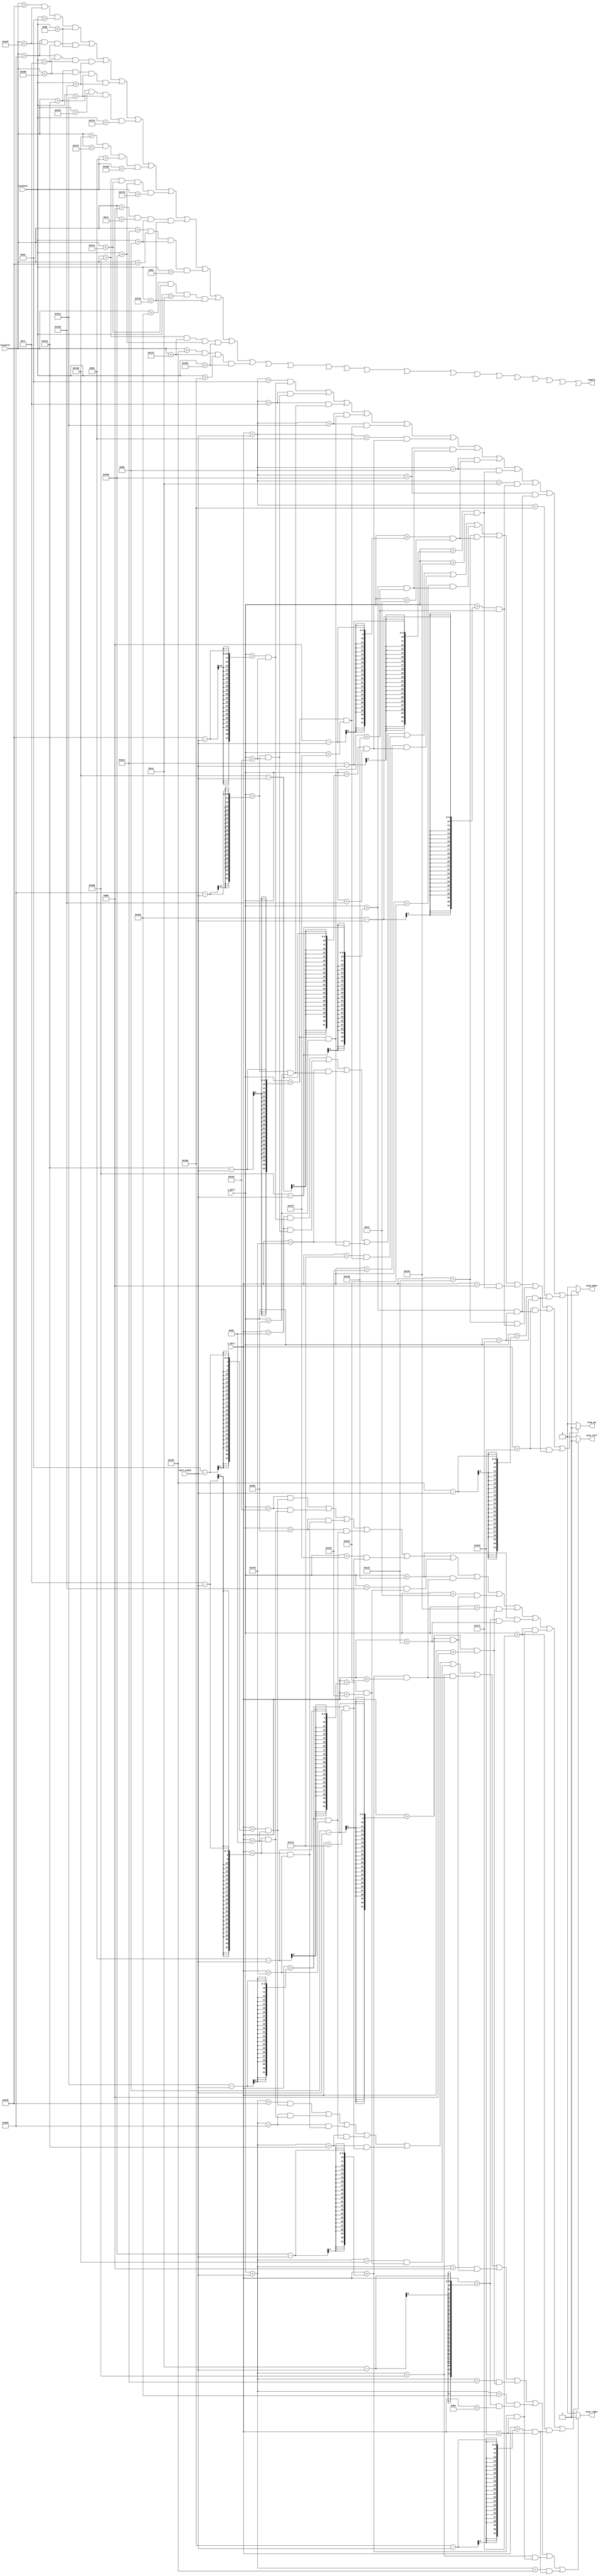
`timescale 1ns / 1ps
//////////////////////////////////////////////////////////////////////////////////
// Company: 
// Engineer: 
// 
// Design Name: 
// Module Name:    portion_5 
// Project Name: 
// Target Devices: 
// Tool versions: 
// Description: 
//
// Dependencies: 
//
// Revision: 
// Revision 0.01 - File Created
// Additional Comments: 
//
//////////////////////////////////////////////////////////////////////////////////
module portion_5(hcounter, vcounter, enable, x_ball, y_ball, ball_width, stop_right, stop_left, stop_up, stop_down
    );
	 
    input  [10:0] hcounter, vcounter;
	 output        enable;
    input  [10:0] x_ball, y_ball;
    input   [4:0] ball_width;
    output reg    stop_right, stop_left, stop_up, stop_down;
    
	 wire n23,n24 , n25 , n26 , n27 , n28 , n29 , n30 , n31, n32 ,n33 ,n34 ,n35 , n36 , n37 , n38 , n39 ,n40 , n41, n42 , n43 , n44, n45, n46 , n47 , n48;
	 
	 
    assign n23=  (hcounter >581   && hcounter <591   &&  vcounter >46   && vcounter<134);
	 assign n24=  (hcounter >515   && hcounter <591   &&  vcounter >124  && vcounter<134);
	 assign n25=  (hcounter >515   && hcounter <525   &&  vcounter >124  && vcounter<326);
	 assign n26=  (hcounter >490   && hcounter <525   &&  vcounter >316  && vcounter<326); //482
    assign n27 = (hcounter >490   && hcounter <500   &&  vcounter >316  && vcounter<378); //358 hc 482-492
	 assign n28 = (hcounter >317   && hcounter <327   &&  vcounter >150  && vcounter<264);
	 assign n29 = (hcounter >360   && hcounter <492   &&  vcounter >358  && vcounter<368); //48 to58
	 assign n30 = (hcounter >185   && hcounter <195   &&  vcounter >176  && vcounter<290);
	 assign n31=  (hcounter >449   && hcounter <581   &&  vcounter >176  && vcounter<186);
    assign n32=  (hcounter >482   && hcounter <492   &&  vcounter >202  && vcounter<290);
	 assign n33 = (hcounter >360   && hcounter <370   &&  vcounter >358  && vcounter<404);
	 assign n34 = (hcounter >340   && hcounter <370   &&  vcounter >394  && vcounter<404);
    assign enable = n23||n24 ||n25 || n26 || n27 || n28 || n29 || n30|| n31||n32 ||n33||n34 ||n35 ||n36 ||n37 ||n38 || n39||n40|| n41||n42 || n43 ||n44||n45 || n46 || n47 || n48;

// Collision detection
     reg collision;
     always @(x_ball, y_ball, ball_width)
     begin
        stop_right = 0;
        stop_left  = 0;
        stop_up    = 0;
        stop_down  = 0;
        
        if (((x_ball+ball_width == 581)  && (y_ball >46-ball_width  && y_ball<134-1)) || //n23
            ((x_ball+ball_width == 515)  && (y_ball >124-ball_width && y_ball<134-1)) || //n24
            ((x_ball+ball_width == 515)  && (y_ball >124-ball_width && y_ball<326-1)) || //n25
            ((x_ball+ball_width == 490)  && (y_ball >316-ball_width && y_ball<326-1)) || //n26
            ((x_ball+ball_width == 490)  && (y_ball >316-ball_width && y_ball<378-1)) || //n27
            ((x_ball+ball_width == 317)  && (y_ball >150-ball_width && y_ball<264-1)) || //n28
            ((x_ball+ball_width == 360)  && (y_ball >358-ball_width && y_ball<368-1)) || //n29
            ((x_ball+ball_width == 185)  && (y_ball >176-ball_width && y_ball<290-1)) || //n30
            ((x_ball+ball_width == 449)  && (y_ball >176-ball_width && y_ball<186-1)) || //n31
            ((x_ball+ball_width == 482)  && (y_ball >202-ball_width && y_ball<190-1)) || //n32
            ((x_ball+ball_width == 360)  && (y_ball >358-ball_width && y_ball<404-1)) || //n33
			   ((x_ball+ball_width == 340)  && (y_ball >394-ball_width && y_ball<404-1)))   //n48
				begin
					stop_right = 1;
				end
				
        if (((x_ball == 591-1) && (y_ball >46-ball_width  && y_ball<134-1))  || //n1
            ((x_ball == 591-1) && (y_ball >124-ball_width && y_ball<134-1))   || //n2
            ((x_ball == 525-1) && (y_ball >124-ball_width && y_ball<326-1)) || //n3
            ((x_ball == 525-1) && (y_ball >316-ball_width && y_ball<326-1))|| //n4
			   ((x_ball == 500-1) && (y_ball >316-ball_width && y_ball<378-1)) || //n4
            ((x_ball == 327-1) && (y_ball >150-ball_width && y_ball<264-1)) || //n5
            ((x_ball == 492-1) && (y_ball >358-ball_width && y_ball<368-1))|| //n6
            ((x_ball == 195-1) && (y_ball >176-ball_width && y_ball<290-1))|| //n7
            ((x_ball == 581-1) && (y_ball >176-ball_width && y_ball<186-1))  || //n8
            ((x_ball == 492-1) && (y_ball >202-ball_width && y_ball<290-1))  || //n9
            ((x_ball == 370-1) && (y_ball >358-ball_width && y_ball<404-1))  || //n10
            ((x_ball == 370-1) && (y_ball >394-ball_width && y_ball<404-1)))  //n21
				begin
					stop_left  = 1;
				end
				
        if (((y_ball+ball_width == 46)   && (x_ball >581-ball_width   && x_ball<591-1)) || //n1
            ((y_ball+ball_width == 124)  && (x_ball >515-ball_width   && x_ball<591-1)) || //n2
            ((y_ball+ball_width == 124)  && (x_ball >515-ball_width   && x_ball<525-1)) || //n3
            ((y_ball+ball_width == 316)  && (x_ball >490-ball_width   && x_ball<525-1)) || //n4
            ((y_ball+ball_width == 316)  && (x_ball >490-ball_width   && x_ball<500-1)) || //n5
            ((y_ball+ball_width == 150)  && (x_ball >317-ball_width   && x_ball<327-1)) || //n6
            ((y_ball+ball_width == 358)  && (x_ball >360-ball_width   && x_ball<492-1)) || //n7
            ((y_ball+ball_width == 176)  && (x_ball >185-ball_width   && x_ball<195-1)) || //n8
            ((y_ball+ball_width == 176)  && (x_ball >449-ball_width   && x_ball<581-1)) || //n9
            ((y_ball+ball_width == 202)  && (x_ball >482-ball_width   && x_ball<492-1))  || //n10
            ((y_ball+ball_width == 358)  && (x_ball >360-ball_width   && x_ball<370-1)) || //n11
            ((y_ball+ball_width == 394)  && (x_ball >340-ball_width   && x_ball<370-1)))   //n21 
				begin 
					stop_down = 1;
				end
				
        if (
	    ((y_ball == 134-1) &&(x_ball >581-ball_width   && x_ball<591-1)) || //n1
            ((y_ball == 134-1) &&(x_ball >515-ball_width   && x_ball<591-1)) || //n2
            ((y_ball == 326-1) &&(x_ball >515-ball_width   && x_ball<525-1)) || //n3
            ((y_ball == 326-1) &&(x_ball >490-ball_width   && x_ball<525-1)) || //n4
            ((y_ball == 378-1) &&(x_ball >490-ball_width   && x_ball<500-1)) || //n5
            ((y_ball == 264-1) &&(x_ball >317-ball_width   && x_ball<327-1)) || //n6
            ((y_ball == 368-1) &&(x_ball >360-ball_width   && x_ball<492-1))  || //n7
            ((y_ball == 290-1) &&(x_ball >185-ball_width   && x_ball<195-1)) || //n8
            ((y_ball == 186-1) &&(x_ball >449-ball_width   && x_ball<581-1)) || //n9
            ((y_ball == 290-1) &&(x_ball >482-ball_width   && x_ball<492-1))  || //n10
            ((y_ball == 404-1) &&(x_ball >360-ball_width   && x_ball<370-1)) || //n11
            ((y_ball == 404-1) &&(x_ball >340-ball_width   && x_ball<370-1))
		     )   //n21 
				begin 
					stop_up = 1;
				end
     end
endmodule